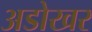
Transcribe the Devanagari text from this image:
अडोखर